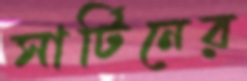
সার্টিনের